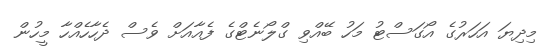
މިދިޔަ އަހަރުގެ އޯގަސްޓު މަހު ބޭއްވި ގްލޯނެޓްގެ ފެއާއަށް ވެސް ދެހާހެއްހާ މީހުން